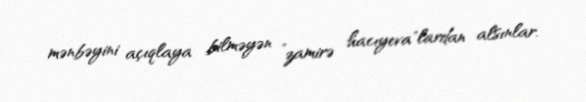
mənbəyini açıqlaya bilməyən ”zamirə hacıyeva"lardan alsınlar.